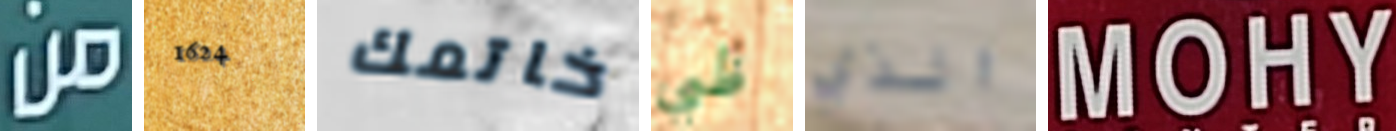
من 1624 خاتمك ظبي الذي MOHY